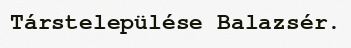
Társtelepülése Balazsér.